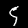
Digit: 5